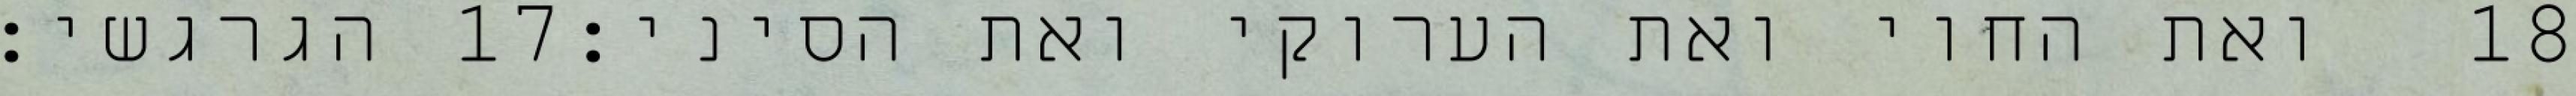
הגרגשי׃ ‎17‏ ואת החוי ואת הערוקי ואת הסיני׃ ‎18‏